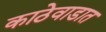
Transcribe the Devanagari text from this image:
काठेवाडात